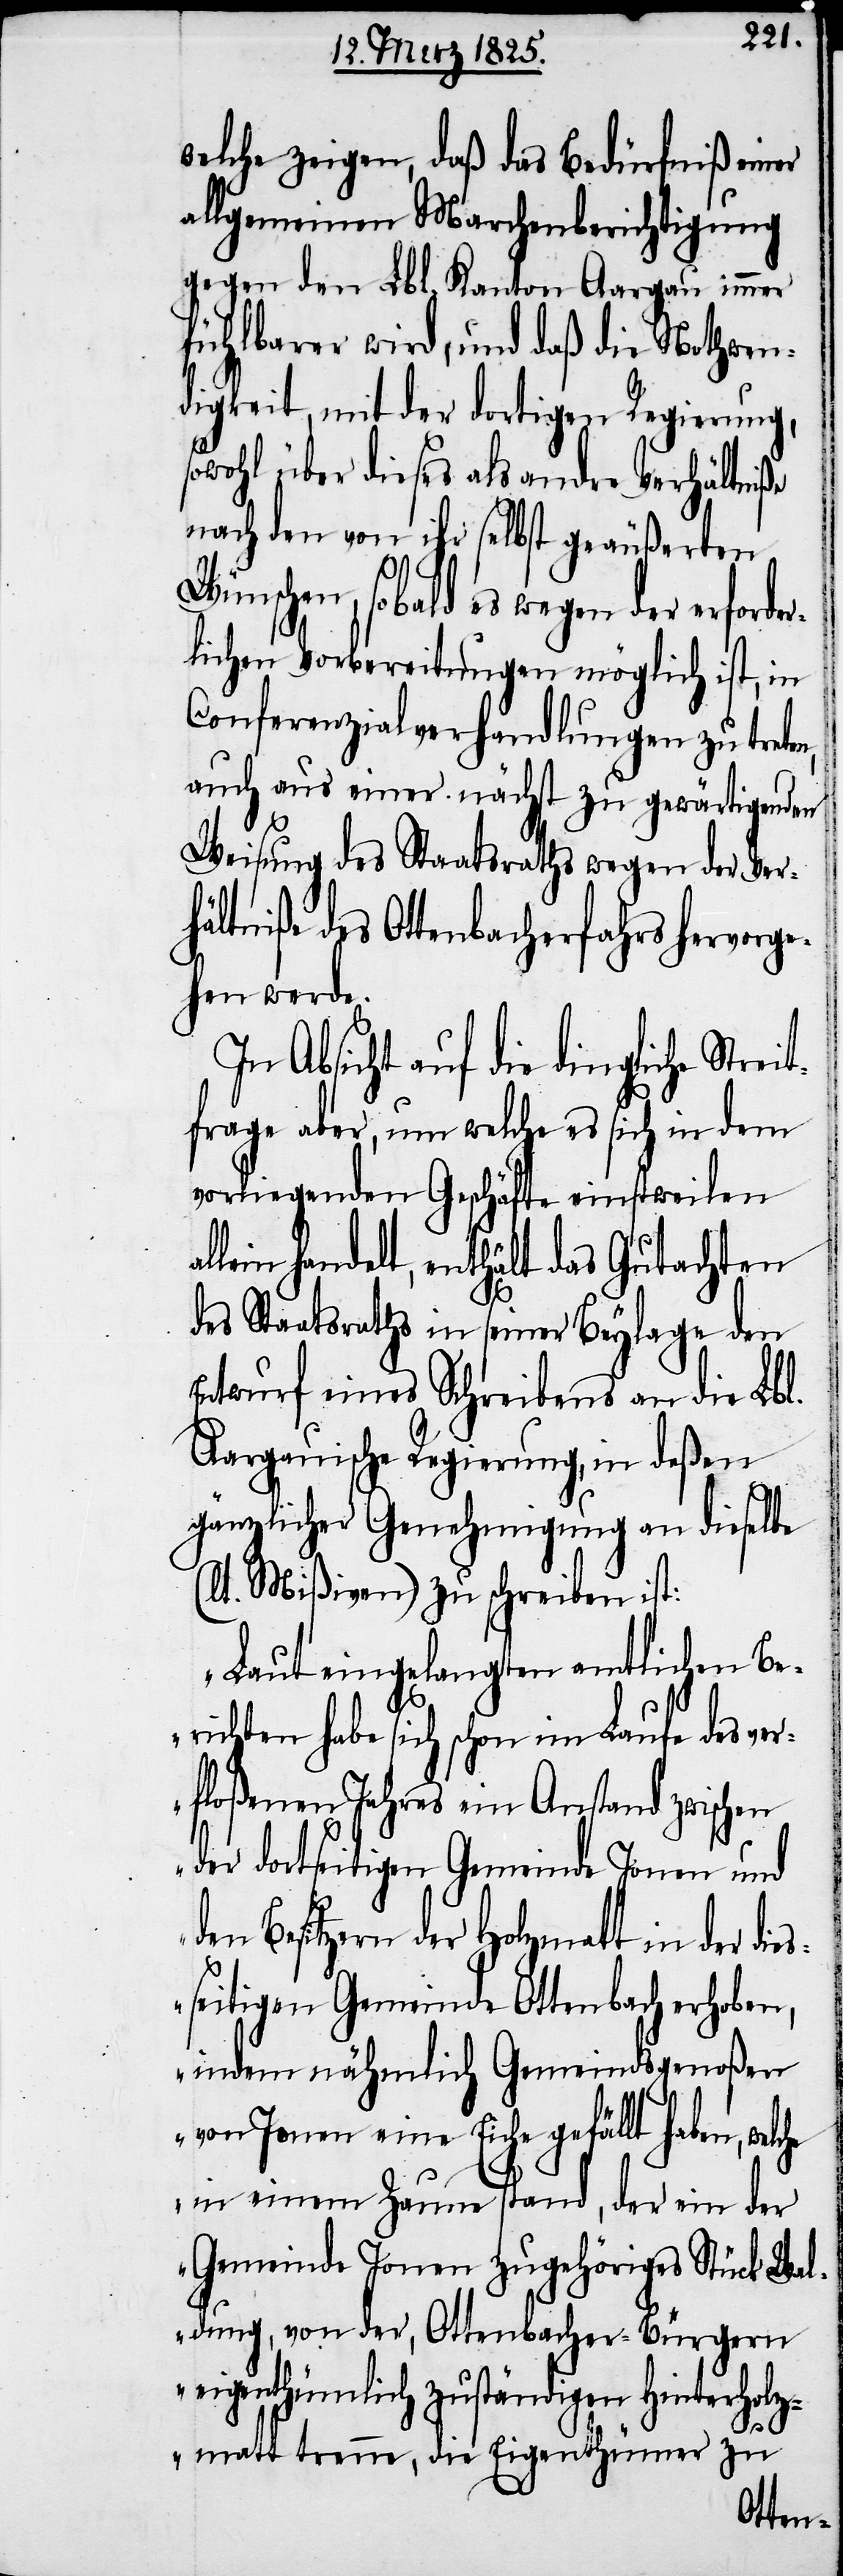
welche zeigen, daß das Bedürfniß einer
allgemeinen Marchenberichtigung
gegen den Lbl. Kanton Aargau immer
fühlbarer wird, und daß die Nothwen¬
digkeit, mit der dortigen
rei¬
owohl über dieses als andre Verh¬
nach den von ihr selbst geäu¬
s¬
Wünschen, sobald es wegen der erford¬
lichen Vorbereitungen möglich ist,
Conferenzialverhandlungen zu treten,
auch aus einer nächst zu gewärtigen¬
Weisung des Staatsraths wegen der Ver¬
hältniße des Ottenbacherfahrs hervorg¬
ehen werde.
In Absicht auf die dingliche St¬
tfrage aber, um welche es sich in dem
vorliegenden Geschäfte einstweilen
lein handelt, enthält das Guta¬
des Staatsraths in seiner Beylage
Entwurf eines Schreibens an die
Aargauische Regierung, in deßen
gänzlicher Genehmigung an
(lt. Mißiven) zu schreiben ist:
„Laut eingelangten amtlichen
erichten habe sich schon im Laufe des ve¬
rfloßenen Jahres ein Anstand zwischen
der dortseitigen Gemeinde Jonen und
den Besitzern der Holzmatt in der die¬
seitigen Gemeinde Ottenbach erhoben,
indem nähmlich Gemeindsgenoßen
von Jonen eine Eiche gefällt haben,
in einem Zaune stand, der ein der
Gemeinde Jonen zugehöriges Stück Wa¬
ldung, von der, Ottenbacher-Bürgern
eigenthümlich zuständigen Hinterholz¬
chten
matt tre¬

nne,